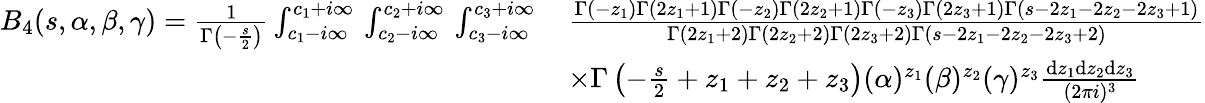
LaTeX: \begin{array}{rl}{B_{4}(s,\alpha,\beta,\gamma)=\frac{1}{\Gamma\left(-\frac{s}{2}\right)}\int_{c_{1}-i\infty}^{c_{1}+i\infty}\, \int_{c_{2}-i\infty}^{c_{2}+i\infty}\, \int_{c_{3}-i\infty}^{c_{3}+i\infty}\, }&{\frac{\Gamma\left(-z_{1}\right)\Gamma\left(2z_{1}+1\right)\Gamma\left(-z_{2}\right)\Gamma\left(2z_{2}+1\right)\Gamma\left(-z_{3}\right)\Gamma\left(2z_{3}+1\right)\Gamma\left(s-2z_{1}-2z_{2}-2z_{3}+1\right)}{\Gamma\left(2z_{1}+2\right)\Gamma\left(2z_{2}+2\right)\Gamma\left(2z_{3}+2\right)\Gamma\left(s-2z_{1}-2z_{2}-2z_{3}+2\right)}}\\ &{\times\Gamma\left(-\frac{s}{2}+z_{1}+z_{2}+z_{3}\right)(\alpha)^{z_{1}}(\beta)^{z_{2}}(\gamma)^{z_{3}}\frac{\mathrm{d}z_{1}\mathrm{d}z_{2}\mathrm{d}z_{3}}{(2\pi i)^{3}}}\end{array}